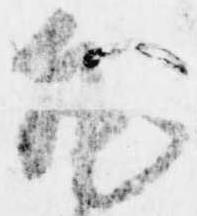
凡